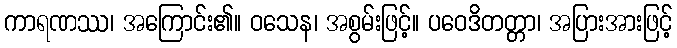
ကာရဏဿ၊ အကြောင်း၏။ ဝသေန၊ အစွမ်းဖြင့်။ ပဝေဒိတတ္တာ၊ အပြားအားဖြင့်